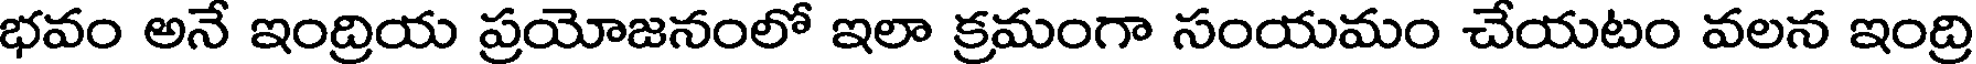
భవం అనే ఇంద్రియ ప్రయోజనంలో ఇలా క్రమంగా సంయమం చేయటం వలన ఇంద్రి